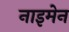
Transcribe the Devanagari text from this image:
नाइमेन